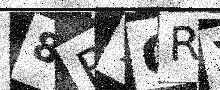
Text: 8R7GRX